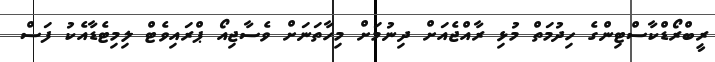
ރީބްރޯޑްކާސްޓިންގެ ހިދުމަތް މުޅި ރާއްޖެއަށް ދިނުމަށް މިހާތަނަށް ވެސާޖިއޯ ޕްރައިވެޓް ލިމިޓެޑާއެކު ފަސް